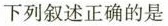
下列叙述正确的是